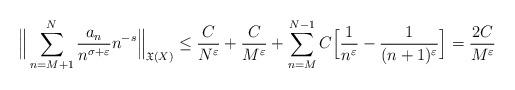
LaTeX: \begin{align*}\Big\| \sum_{n=M+1}^{N}{\frac{a_{n}}{n^{\sigma + \varepsilon}} n^{-s}} \Big\|_{\mathfrak{X}(X)} \leq \frac{C}{N^{\varepsilon}} + \frac{C}{M^{\varepsilon}} + \sum_{n=M}^{N-1}{C \Big[ \frac{1}{n^{\varepsilon}} - \frac{1}{(n+1)^{\varepsilon}}\Big]} = \frac{2 C}{M^{\varepsilon}}\end{align*}